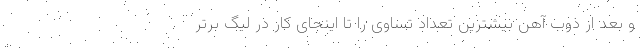
و بعد از ذوب آهن بیشترین تعداد تساوی را تا اینجای کار در لیگ برتر